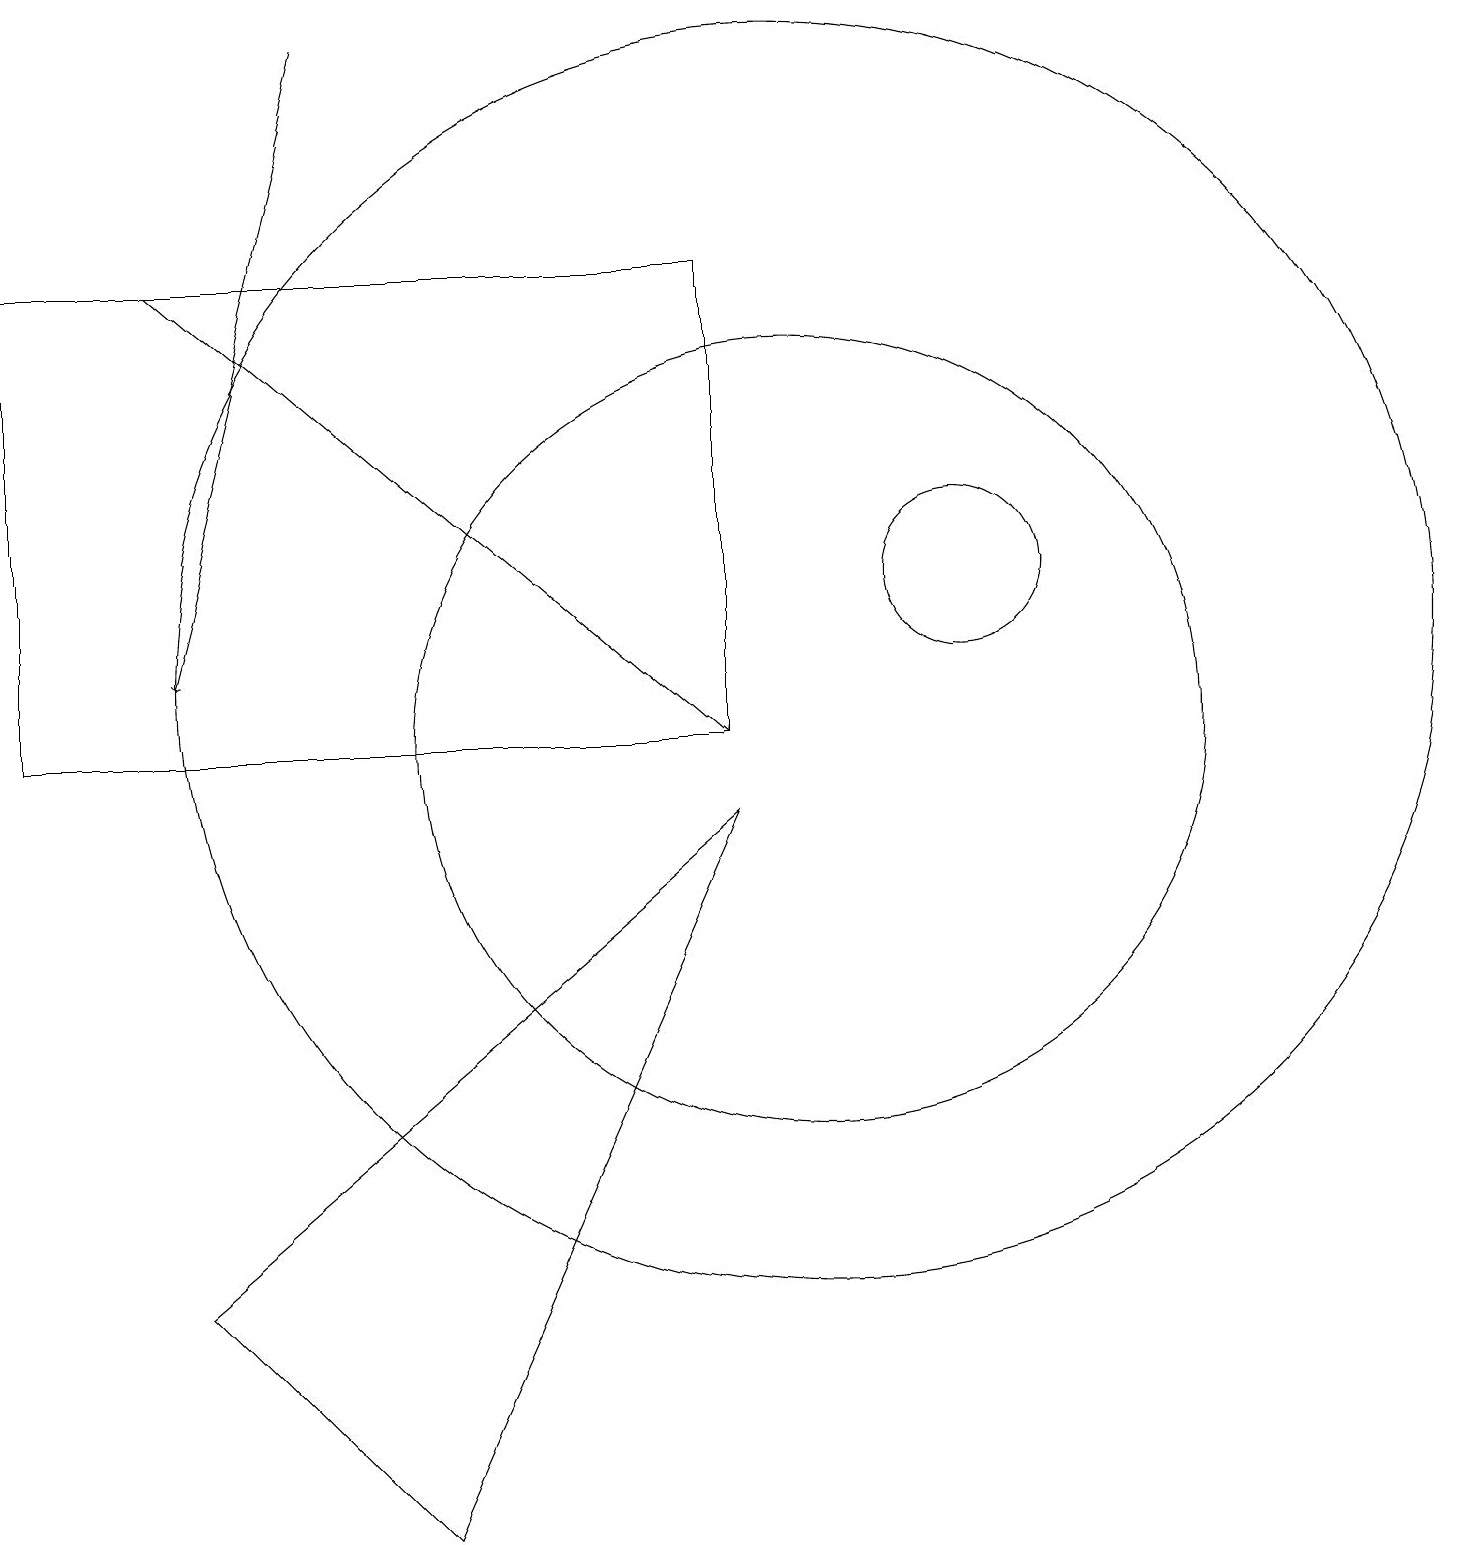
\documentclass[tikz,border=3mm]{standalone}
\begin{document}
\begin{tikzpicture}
\draw (9,16) rectangle (0,10);
\draw[->] (4,19) -- (2,11);
\draw (10,11) circle (8);
\draw (10,10) circle (5);
\draw[->] (2,16) -- (9,10);
\draw (12,12) circle (1);
\draw (2,3) -- (9,9) -- (5,0) -- cycle;
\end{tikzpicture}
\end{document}